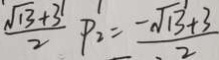
\frac { \sqrt { 1 3 } + 3 } { 2 } P _ { 2 } = \frac { - \sqrt { 1 3 } + 3 } { 2 }